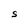
Character: S